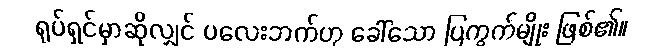
ရုပ်ရှင်မှာဆိုလျှင် ပလေးဘက်ဟု ခေါ်သော ပြကွက်မျိုး ဖြစ်၏။